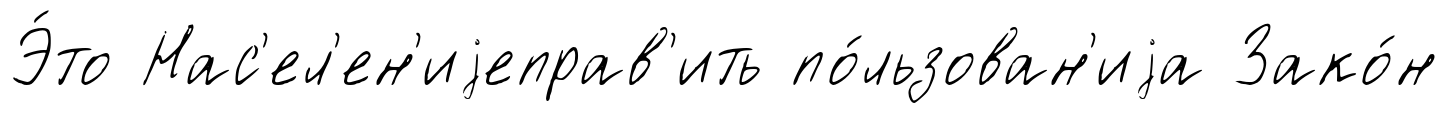
Э́то Нас'ел'ен'иjеправ'ить по́льзован'иjа Зако́н